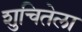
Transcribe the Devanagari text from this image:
शुचितेला